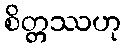
စိတ္တဿဟု